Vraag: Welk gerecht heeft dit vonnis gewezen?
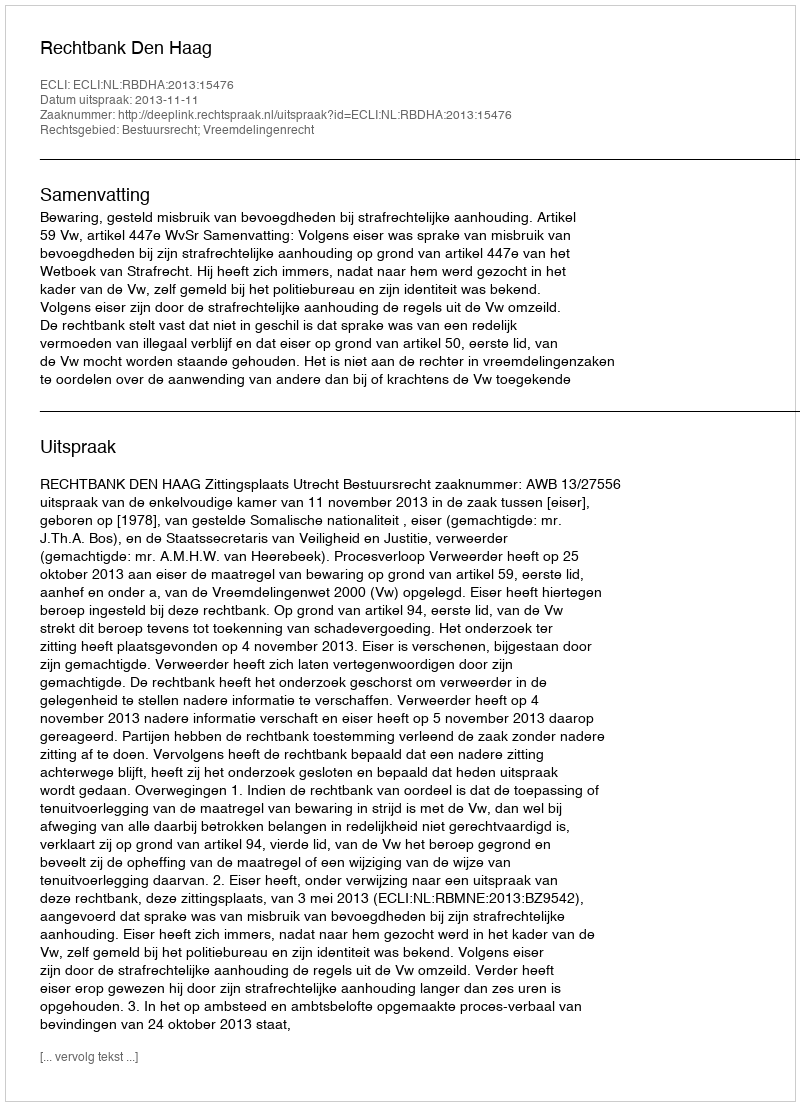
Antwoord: Rechtbank Den Haag